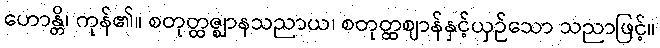
ဟောန္တိ၊ ကုန်၏။ စတုတ္ထဇ္ဈာနသညာယ၊ စတုတ္ထဈာန်နှင့်ယှဉ်သော သညာဖြင့်။